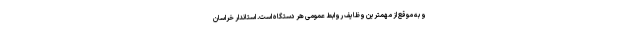
و به موقع از مهمترین وظایف روابط عمومی هر دستگاه است. استاندار خراسان